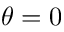
\theta = 0